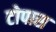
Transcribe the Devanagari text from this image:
टोपास